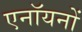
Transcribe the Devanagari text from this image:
एनॉयनों